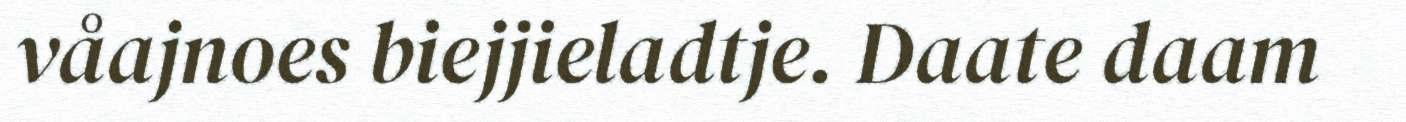
våajnoes biejjieladtje. Daate daam